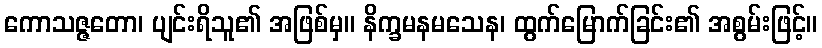
ကောသဇ္ဇတော၊ ပျင်းရိသူ၏ အဖြစ်မှ။ နိက္ခမနမသေန၊ ထွက်မြောက်ခြင်း၏ အစွမ်းဖြင့်။